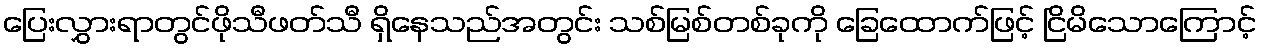
ပြေးလွှားရာတွင်ဖိုသီဖတ်သီ ရှိနေသည်အတွင်း သစ်မြစ်တစ်ခုကို ခြေထောက်ဖြင့် ငြိမိသောကြောင့်